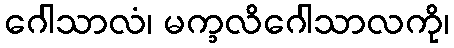
ဂေါသာလံ၊ မက္ခလိဂေါသာလကို၊